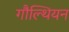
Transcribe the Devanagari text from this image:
गौल्थियन